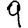
Digit: 9